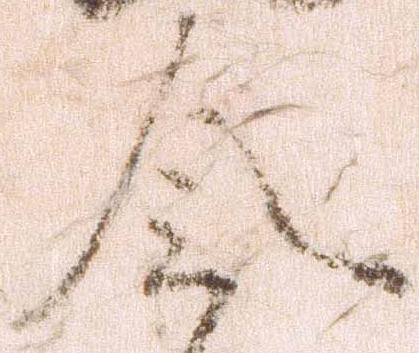
令